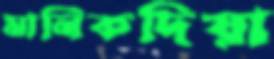
মানিকদিয়া